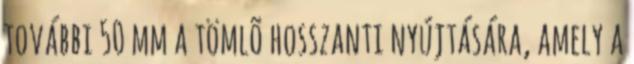
további 50 mm a tömlõ hosszanti nyújtására, amely a